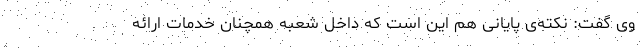
وی گفت: نکته‌ی پایانی هم این است که داخل شعبه همچنان خدمات ارائه